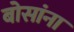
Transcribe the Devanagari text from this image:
बोसांना